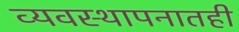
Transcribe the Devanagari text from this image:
व्यवस्थापनातही